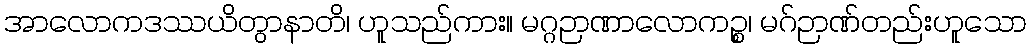
အာလောကဒဿယိတွာနာတိ၊ ဟူသည်ကား။ မဂ္ဂဉာဏာလောကဉ္စ၊ မဂ်ဉာဏ်တည်းဟူသော